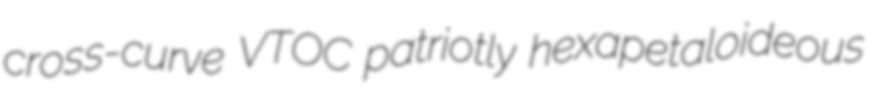
cross-curve VTOC patriotly hexapetaloideous